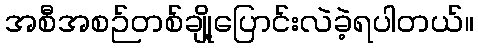
အစီအစဉ်တစ်ချို့ပြောင်းလဲခဲ့ရပါတယ်။